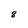
Character: 8